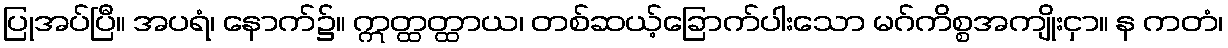
ပြုအပ်ပြီ။ အပရံ၊ နောက်၌။ ဣတ္ထတ္ထာယ၊ တစ်ဆယ့်ခြောက်ပါးသော မဂ်ကိစ္စအကျိုးငှာ။ န ကတံ၊